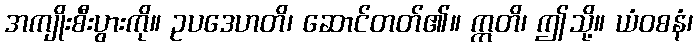
အကျိုးစီးပွားကို။ ဥပဒေဟတိ၊ ဆောင်တတ်၏။ ဣတိ၊ ဤသို့။ ယံဝစနံ၊